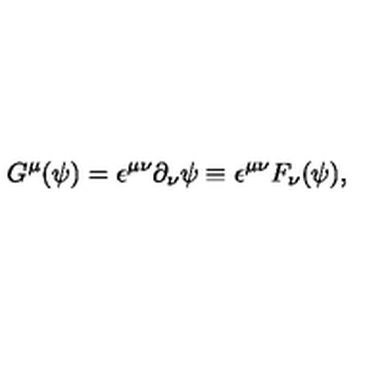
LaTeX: G ^ { \mu } ( \psi ) = { \epsilon } ^ { { \mu } { \nu } } { \partial } _ { \nu } { \psi } \equiv { \epsilon } ^ { { \mu } { \nu } } F _ { \nu } ( \psi ) ,